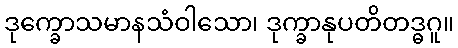
ဒုက္ခောသမာနသံဝါသော၊ ဒုက္ခာနုပတိတဒ္ဓဂူ။